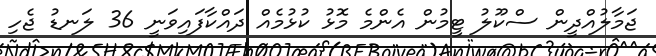
ޖަމާލުއްދީން ސްކޫލު ޓީމުން އެންމެ މޮޅު ކުޅުމެއް ދައްކާފައިވަނީ 36 ލަނޑު ޖެހި